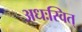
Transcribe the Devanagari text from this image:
अधःस्वित्